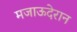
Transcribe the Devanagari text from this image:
मजाऊदेरान